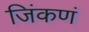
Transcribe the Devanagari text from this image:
जिंकणं